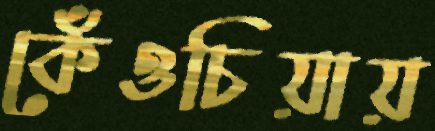
কেঁওচিয়ায়